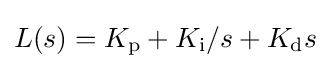
L(s)=K_{\text{p}}+K_{\text{i}}/s+K_{\text{d}}s